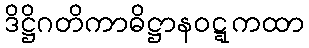
ဒိဋ္ဌိဂတိကာဓိဋ္ဌာနဝဋ္ဋကထာ